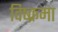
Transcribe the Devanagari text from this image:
विष्क्रमा